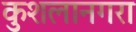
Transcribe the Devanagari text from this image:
कुशलानगरा